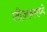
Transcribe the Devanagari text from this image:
लीजनमध्ये